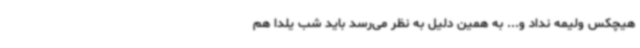
هیچکس ولیمه نداد و... به همین دلیل به نظر می‌رسد باید شب یلدا هم